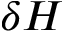
\delta H